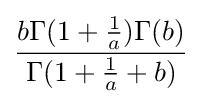
{\frac {b\Gamma (1+{\tfrac {1}{a}})\Gamma (b)}{\Gamma (1+{\tfrac {1}{a}}+b)}}